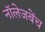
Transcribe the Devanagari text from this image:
नॉलेजबेंच